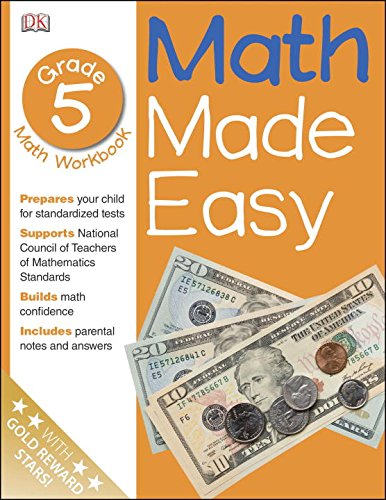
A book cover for Math Made Easy: Fifth Grade Workbook; DK Publishing; Children's Books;